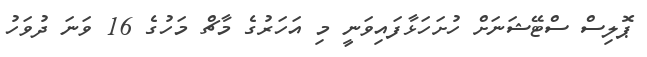
ޕޮލިސް ސްޓޭޝަނަށް ހުށަހަޅާފައިވަނީ މި އަހަރުގެ މާޗް މަހުގެ 16 ވަނަ ދުވަހު